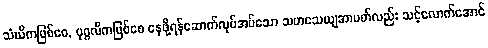
သံဃိကဖြစ်စေ, ပုဂ္ဂလိကဖြစ်စေ နေဖို့ရန်ဆောက်လုပ်အပ်သော သဟသေယျအာပတ်လည်း သင့်လောက်အောင်